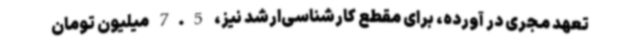
تعهد مجری در آورده، برای مقطع کارشناسی‌ارشد نیز، 7.5 میلیون تومان